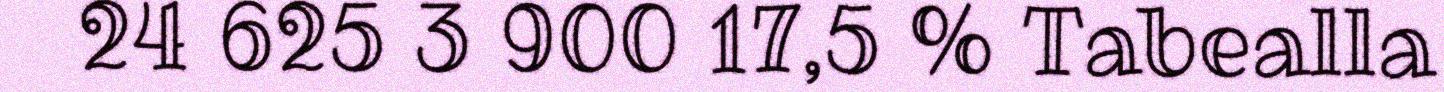
24 625 3 900 17,5 % Tabealla